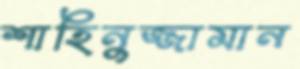
শাহিনুজ্জামান